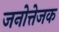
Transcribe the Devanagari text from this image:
जनोत्तेजक